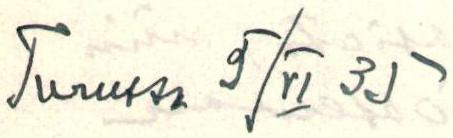
Turussa 9/VI 35